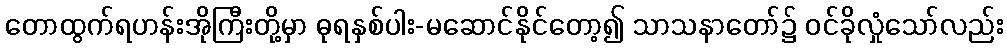
တောထွက်ရဟန်းအိုကြီးတို့မှာ ဓုရနှစ်ပါး-မဆောင်နိုင်တော့၍ သာသနာတော်၌ ဝင်ခိုလှုံသော်လည်း